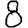
Digit: 8